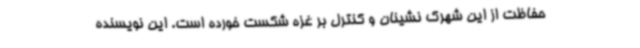
حفاظت از این شهرک نشینان و کنترل بر غزه شکست خورده است. این نویسنده